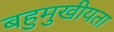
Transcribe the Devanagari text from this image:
बहुमुखीयता